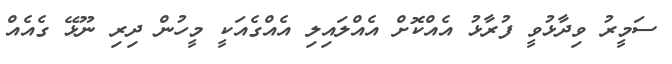
ސަމީރު ވިދާޅުވީ ފުރާޅު އެއްކޮށް އެއްލައިލި އެއްގެއަކީ މީހުން ދިރި ނޫޅޭ ގެއެއް